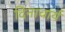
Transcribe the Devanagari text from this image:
दिनाचार्य